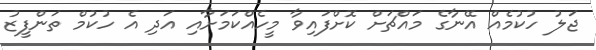
ޖަލު ހުކުމެއް އޭނާގެ މައްޗަށް ކޮށްފައިވާ މީހެއްކަމަށާއި އަދި އެ ހުކުމް ތަންފީޒު